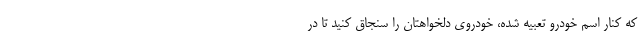
که کنار اسم خودرو تعبیه شده، خودروی دلخواهتان را سنجاق کنید تا در